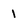
Character: 1